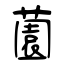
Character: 薗